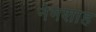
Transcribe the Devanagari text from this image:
नेमशाह